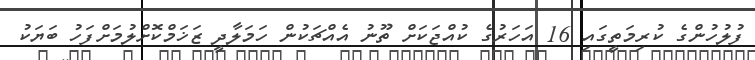
ފުލުހުންގެ ކުރިމަތީގައި 16 އަހަރުގެ ކުއްޖަކަށް ތޫނު އެއްޗަކުން ހަމަލާދީ ޒަޚަމްކޮށްލުމަށްފަހު ބަޔަކު